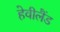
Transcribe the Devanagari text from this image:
हेवीलैंड